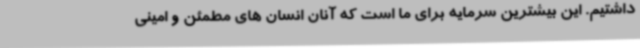
داشتیم. این بیشترین سرمایه برای ما است که آنان انسان های مطمئن و امینی